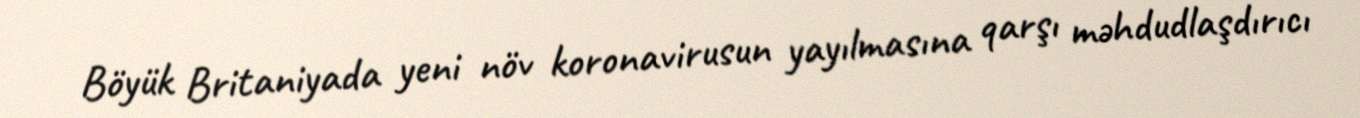
Böyük Britaniyada yeni növ koronavirusun yayılmasına qarşı məhdudlaşdırıcı